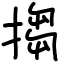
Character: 搊